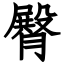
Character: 臀